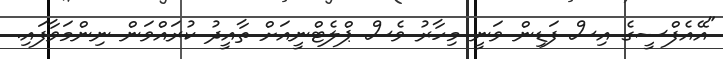
"އޭއެފްސީގެ އިސް ފަޑިން ވަނީ މިހާރު ވެސް ޕްލެޓްނީއަށް ތާއީދު ކުރައްވަން ނިންމަވާފައި.